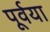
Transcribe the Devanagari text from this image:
पूर्वया